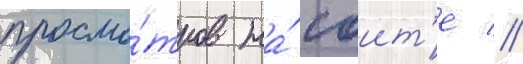
просмо́тров на́ саит'е //